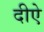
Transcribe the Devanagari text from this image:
दीऐ